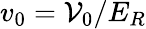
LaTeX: v_{0}=\mathcal{V}_{0}/E_{R}